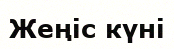
Жеңіс күні